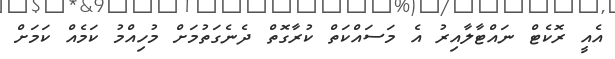
އެއީ ރޮކެޓް ނައްޓާލާއިރު އެ މަސައްކަތް ކުރާގޮތް ދެނެގަތުމަށް މުހިއްމު ކަމެއް ކަމަށް